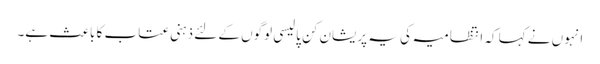
انہوں نے کہا کہ انتظامیہ کی یہ پریشان کن پالیسی لوگوں کے لئے ذہنی عتاب کا باعث ہے۔